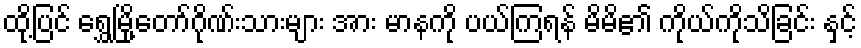
ထို့ပြင် ရွှေမြို့တော်ဂိုဏ်းသားများ အား မာနကို ပယ်ကြရန် မိမိ၏ ကိုယ်ကိုသိခြင်း နှင့်